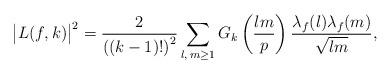
LaTeX: \begin{align*} \big|L(f, k) \big|^2=\frac{2}{\left((k-1)!\right)^2} \sum_{l,\, m \geq 1} G_k\left(\frac{lm}{p}\right)\frac{\lambda_f(l) \lambda_f(m)}{\sqrt{lm}}, \end{align*}